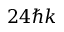
2 4 \hbar k